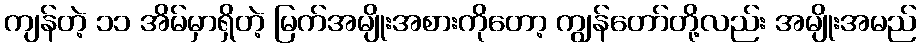
ကျန်တဲ့ ၁၁ အိမ်မှာရှိတဲ့ မြက်အမျိုးအစားကိုတော့ ကျွန်တော်တို့လည်း အမျိုးအမည်